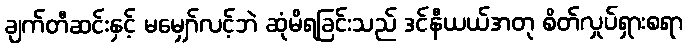
ချက်တီဆင်းနှင့် မမျှော်လင့်ဘဲ ဆုံမိရခြင်းသည် ဒင်နီယယ်အတု စိတ်လှုပ်ရှားစရာ